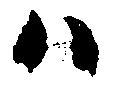
ハ